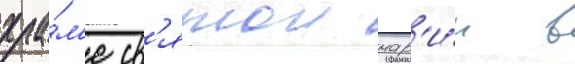
хра́м'е св'ятои мар'и́и в